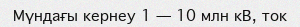
Мүндағы кернеу 1 — 10 млн кВ, ток